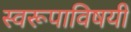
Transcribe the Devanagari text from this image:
स्वरूपाविषयी